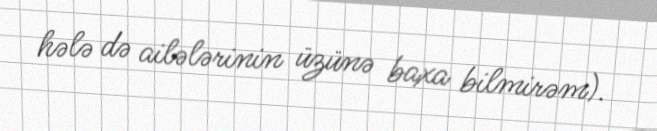
hələ də ailələrinin üzünə baxa bilmirəm).